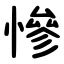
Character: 慘